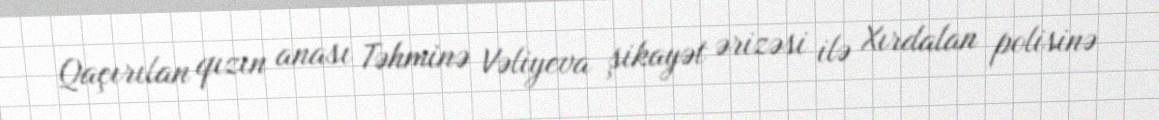
Qaçırılan qızın anası Təhminə Vəliyeva şikayət ərizəsi ilə Xırdalan polisinə